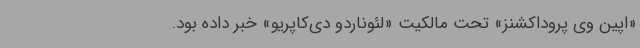
«اپین وی پروداکشنز» تحت مالکیت «لئوناردو دی‌کاپریو» خبر داده بود.